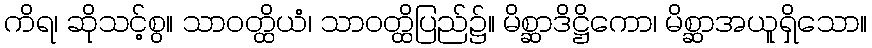
ကိရ၊ ဆိုသင့်စွ။ သာဝတ္ထိယံ၊ သာဝတ္ထိပြည်၌။ မိစ္ဆာဒိဋ္ဌိကော၊ မိစ္ဆာအယူရှိသော။